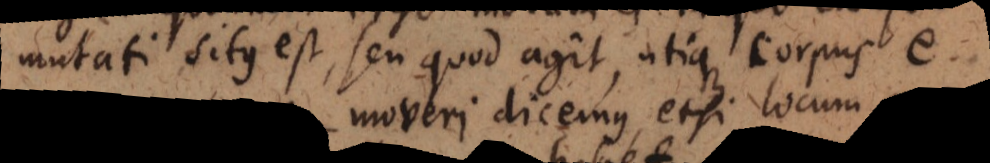
mutati situs est, seu quod agit, utique